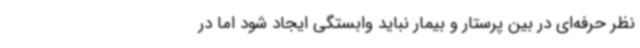
نظر حرفه‌ای در بین پرستار و بیمار نباید وابستگی ایجاد شود اما در